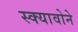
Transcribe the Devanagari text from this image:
स्क्यावोने